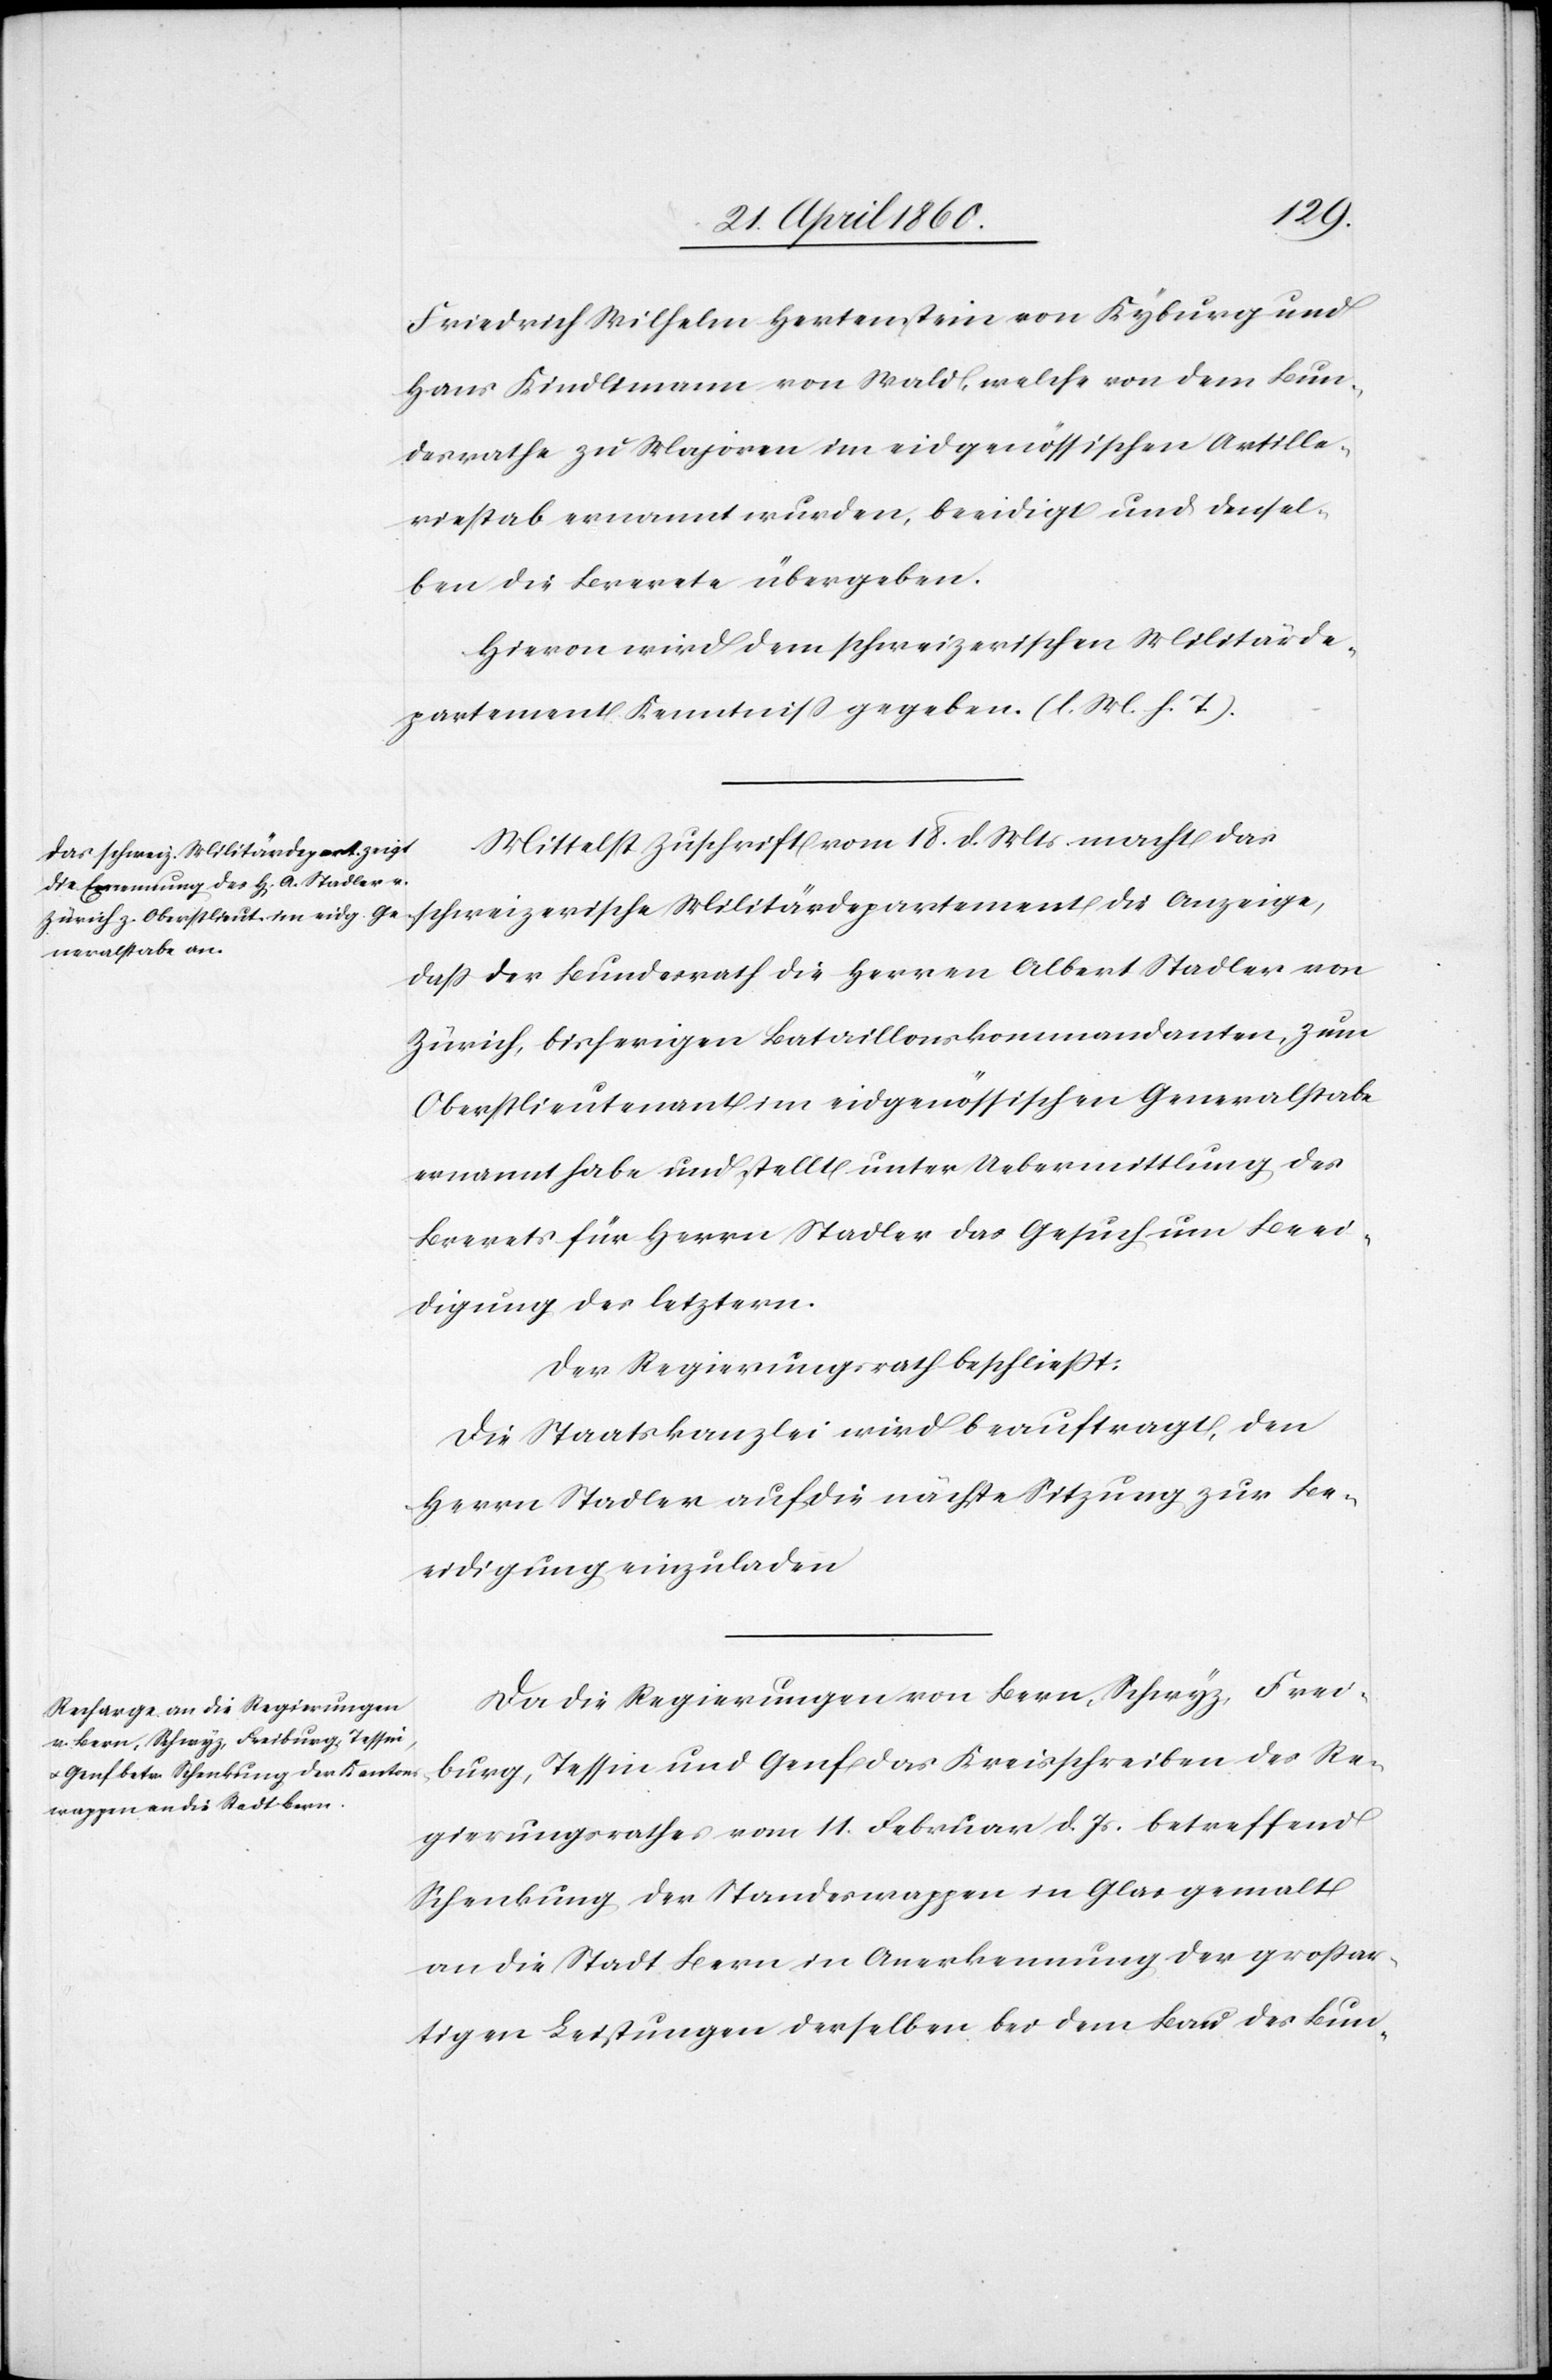
Friedrich Wilhelm Hertenstein von Kyburg und
Hans Kindlimann von Wald, welche von dem Bun¬
desrathe zu Majoren im eidgenössischen Artille¬
riestab ernannt wurden, beeidigt und densel¬
ben die Brevete übergeben.
Hievon wird dem schweizerischen Militärde¬
partment Kenntniss gegeben. [l. M. h. T]
Mittelst Zuschrift vom 18. d. Mts. macht das
schweizerische Militärdepartement die Anzeige,
dass der Bundesrath die Herren Albert Stadler von
Zürich, bisherigen Bataillonskommandanten, zum
Oberstlieutenant im eidgenössischen Generalstabe
ernannt habe und stellt unter Uebermittlung des
Brevets für Herrn Stadler das Gesuch um Beei¬
digung des letztern.
Der Regierungsrath beschliesst:
Die Staatskanzlei wird beauftragt, den
Herrn Stadler auf die nächste Sitzung zur Be¬
eidigung einzuladen[.]
Da die Regierungen von Bern, Schwyz, Frei¬
burg, Tessin und Genf das Kreisschreiben des Re¬
gierungsrathes vom 11. Februar d. Js. betreffend
Schenkung der Standeswappen in Glas gemalt
an die Stadt Bern in Anerkennung der grossar¬
tigen Leistungen derselben bei dem Bau des Bun-